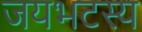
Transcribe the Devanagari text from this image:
जयभटस्य